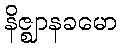
နိဇ္ဈာနခမော